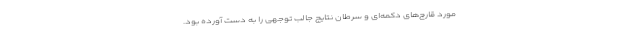
مورد قارچ‌های دکمه‌ای و سرطان نتایج جالب توجهی را به دست آورده بود.